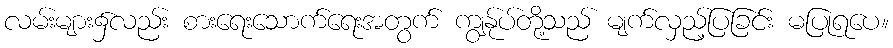
လမ်းများ၌လည်း စားရေးသောက်ရေးအတွက် ကျွန်ုပ်တို့သည် မျက်လှည့်ပြခြင်း မပြုရပေ။